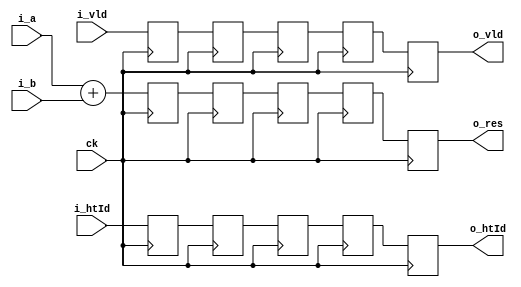
module add_5stage (
input		ck,
input	[63:0]	i_a, i_b,
input   [6:0]   i_htId,
input           i_vld,
output	[63:0]	o_res,
output  [6:0]   o_htId,
output          o_vld
);
wire [63:0] c_t1_res;
wire [6:0]  c_t1_htId;
wire        c_t1_vld;
reg [63:0]  r_t2_res,  r_t3_res,  r_t4_res,  r_t5_res,  r_t6_res;
reg [6:0]   r_t2_htId, r_t3_htId, r_t4_htId, r_t5_htId, r_t6_htId;
reg 	    r_t2_vld,  r_t3_vld,  r_t4_vld,  r_t5_vld,  r_t6_vld;
always @(posedge ck) begin
	r_t2_res  <= c_t1_res;
	r_t2_htId <= c_t1_htId;
	r_t2_vld  <= c_t1_vld;
	r_t3_res  <= r_t2_res;
 	r_t3_htId <= r_t2_htId;
	r_t3_vld  <= r_t2_vld;  
	r_t4_res  <= r_t3_res;
 	r_t4_htId <= r_t3_htId;
	r_t4_vld  <= r_t3_vld;  
	r_t5_res  <= r_t4_res;
	r_t5_htId <= r_t4_htId;
	r_t5_vld  <= r_t4_vld;
	r_t6_res  <= r_t5_res;
	r_t6_htId <= r_t5_htId;
	r_t6_vld  <= r_t5_vld;   
end
assign c_t1_res  = i_a + i_b;
assign c_t1_htId = i_htId;
assign c_t1_vld  = i_vld;
assign o_res  = r_t6_res;
assign o_htId = r_t6_htId;
assign o_vld  = r_t6_vld;
endmodule